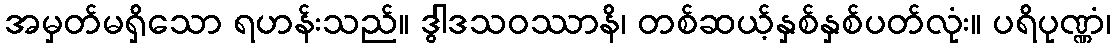
အမှတ်မရှိသော ရဟန်းသည်။ ဒွါဒသဝဿာနိ၊ တစ်ဆယ့်နှစ်နှစ်ပတ်လုံး။ ပရိပုဏ္ဏံ၊